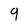
Character: 9